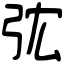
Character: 𢏐